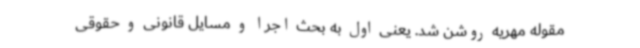
مقوله مهریه روشن شد. یعنی اول به بحث اجرا و مسایل قانونی و حقوقی